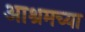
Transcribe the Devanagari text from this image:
आश्रमच्या